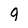
Character: 9